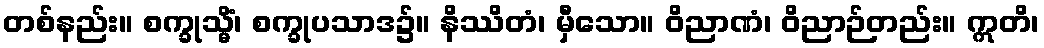
တစ်နည်း။ စက္ခုသ္မိံ၊ စက္ခုပသာဒ၌။ နိဿိတံ၊ မှီသော။ ဝိညာဏံ၊ ဝိညာဉ်တည်း။ ဣတိ၊